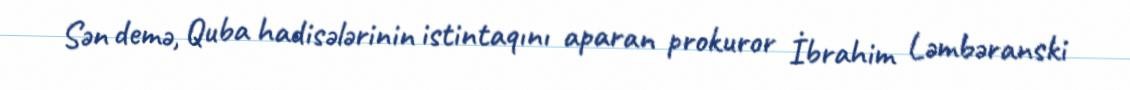
Sən demə, Quba hadisələrinin istintaqını aparan prokuror İbrahim Ləmbəranski